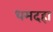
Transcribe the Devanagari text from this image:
धमदहा